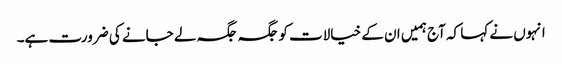
انہوں نے کہا کہ آج ہمیں ان کے خیالات کو جگہ جگہ لے جانے کی ضرورت ہے۔